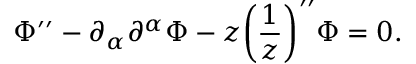
\Phi ^ { \prime \prime } - \partial _ { \alpha } \partial ^ { \alpha } \Phi - z \biggl ( \frac { 1 } { z } \biggr ) ^ { \prime \prime } \Phi = 0 .